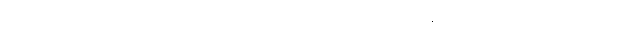
စိုက်ပျိုးချရာလယ်ယာမြေကောင်းသဖွယ်ဖြစ်ကုန်၏။ သတ္တ၊ ခုနစ်ယောက်တို့သည်။ ကတမေ၊